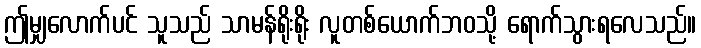
ဤမျှလောက်ပင် သူသည် သာမန်ရိုးရိုး လူတစ်ယောက်ဘဝသို့ ရောက်သွားရလေသည်။